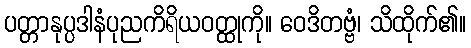
ပတ္တာနုပ္ပဒါနံပုညကိရိယဝတ္ထုကို။ ဝေဒိတဗ္ဗံ၊ သိထိုက်၏။